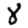
Digit: 8